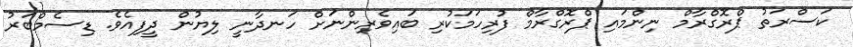
ކަސްރަތު ޕްރޮގްރާމް ނިންމައި ޕްރޮގްރާމް ފުރިހަމަކުރި ބައިވެރިންނަށް ހަނދާނީ ލިޔުން ދީފިއެވެ. ޑިސެމްބަރު